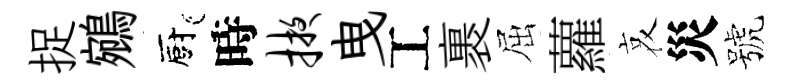
捉鵷廚時掖曳工裹屈蘿哀災號